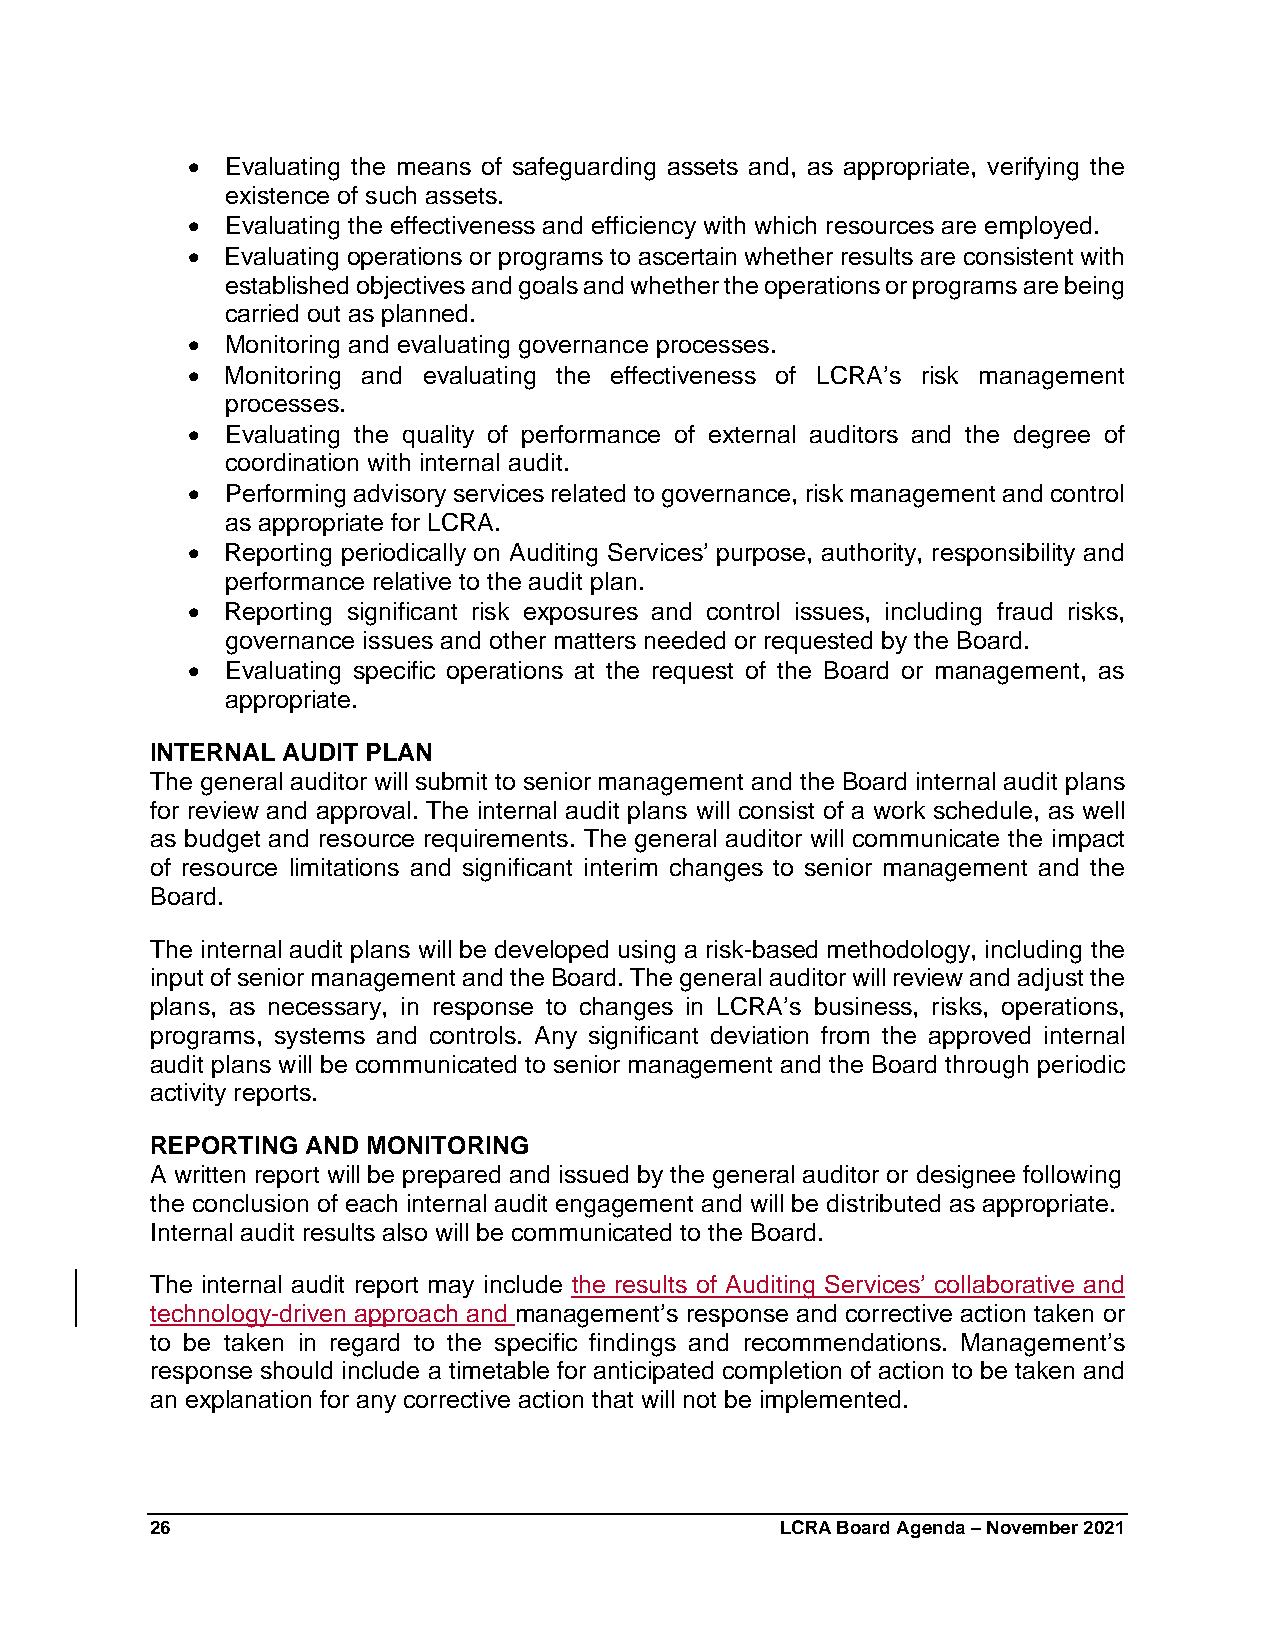
  Evaluating the means of safeguarding assets and, as appropriate, verifying the
 existence of such assets.
   Evaluating the effectiveness and efficiency with which resources are employed.
   Evaluating operations or programs to ascertain whether results are consistent with
 established objectives and goals and whether the operations or programs are being
 carried out as planned.
   Monitoring and evaluating governance processes.
   Monitoring and evaluating the effectiveness of LCRA’s risk management
 processes.
   Evaluating the quality of performance of external auditors and the degree of
 coordination with internal audit.
   Performing advisory services related to governance, risk management and control
 as appropriate for LCRA.
   Reporting periodically on Auditing Services’ purpose, authority, responsibility and
 performance relative to the audit plan.
   Reporting significant risk exposures and control issues, including fraud risks,
 governance issues and other matters needed or requested by the Board.
   Evaluating specific operations at the request of the Board or management, as
 appropriate.
 INTERNAL AUDIT PLAN
 The general auditor will submit to senior management and the Board internal audit plans
 for review and approval. The internal audit plans will consist of a work schedule, as well
 as budget and resource requirements. The general auditor will communicate the impact
 of resource limitations and significant interim changes to senior management and the
 Board.
 The internal audit plans will be developed using a risk-based methodology, including the
 input of senior management and the Board. The general auditor will review and adjust the
 plans, as necessary, in response to changes in LCRA’s business, risks, operations,
 programs, systems and controls. Any significant deviation from the approved internal
 audit plans will be communicated to senior management and the Board through periodic
 activity reports.
 REPORTING AND MONITORING
 A written report will be prepared and issued by the general auditor or designee following
 the conclusion of each internal audit engagement and will be distributed as appropriate.
 Internal audit results also will be communicated to the Board.
 The internal audit report may include the results of Auditing Services’ collaborative and
 technology-driven approach and management’s response and corrective action taken or
 to be taken in regard to the specific findings and recommendations. Management’s
 response should include a timetable for anticipated completion of action to be taken and
 an explanation for any corrective action that will not be implemented.
 26                                        LCRA Board Agenda – November 2021